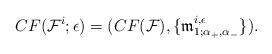
LaTeX: \begin{align*}CF(\mathcal F^i;\epsilon) = (CF(\mathcal F),\{\frak m^{i,\epsilon}_{1;\alpha_+,\alpha_-}\}).\end{align*}